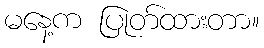
မနေ့က ပြုတ်ထားတာ။